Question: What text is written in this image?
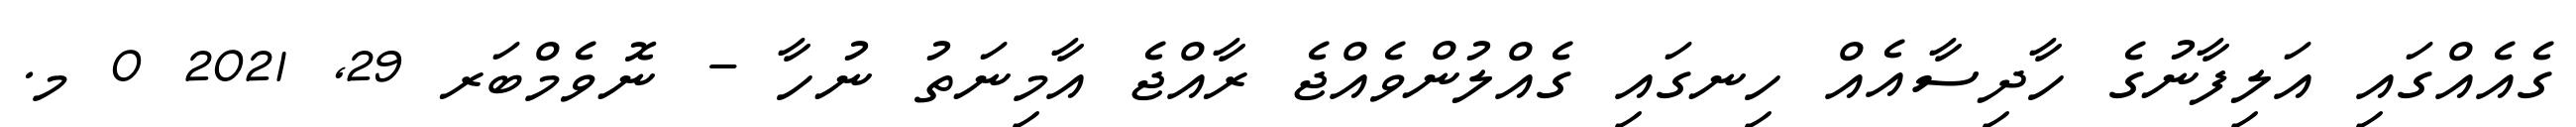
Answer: ގެއެއްގައި އަލިފާނުގެ ހާދިސާއެއް ހިނގައި ގެއްލުންވެއްޖެ ރާއްޖެ އާމިނަތު ނުހާ - ނޮވެމްބަރ 29, 2021 0 މ.